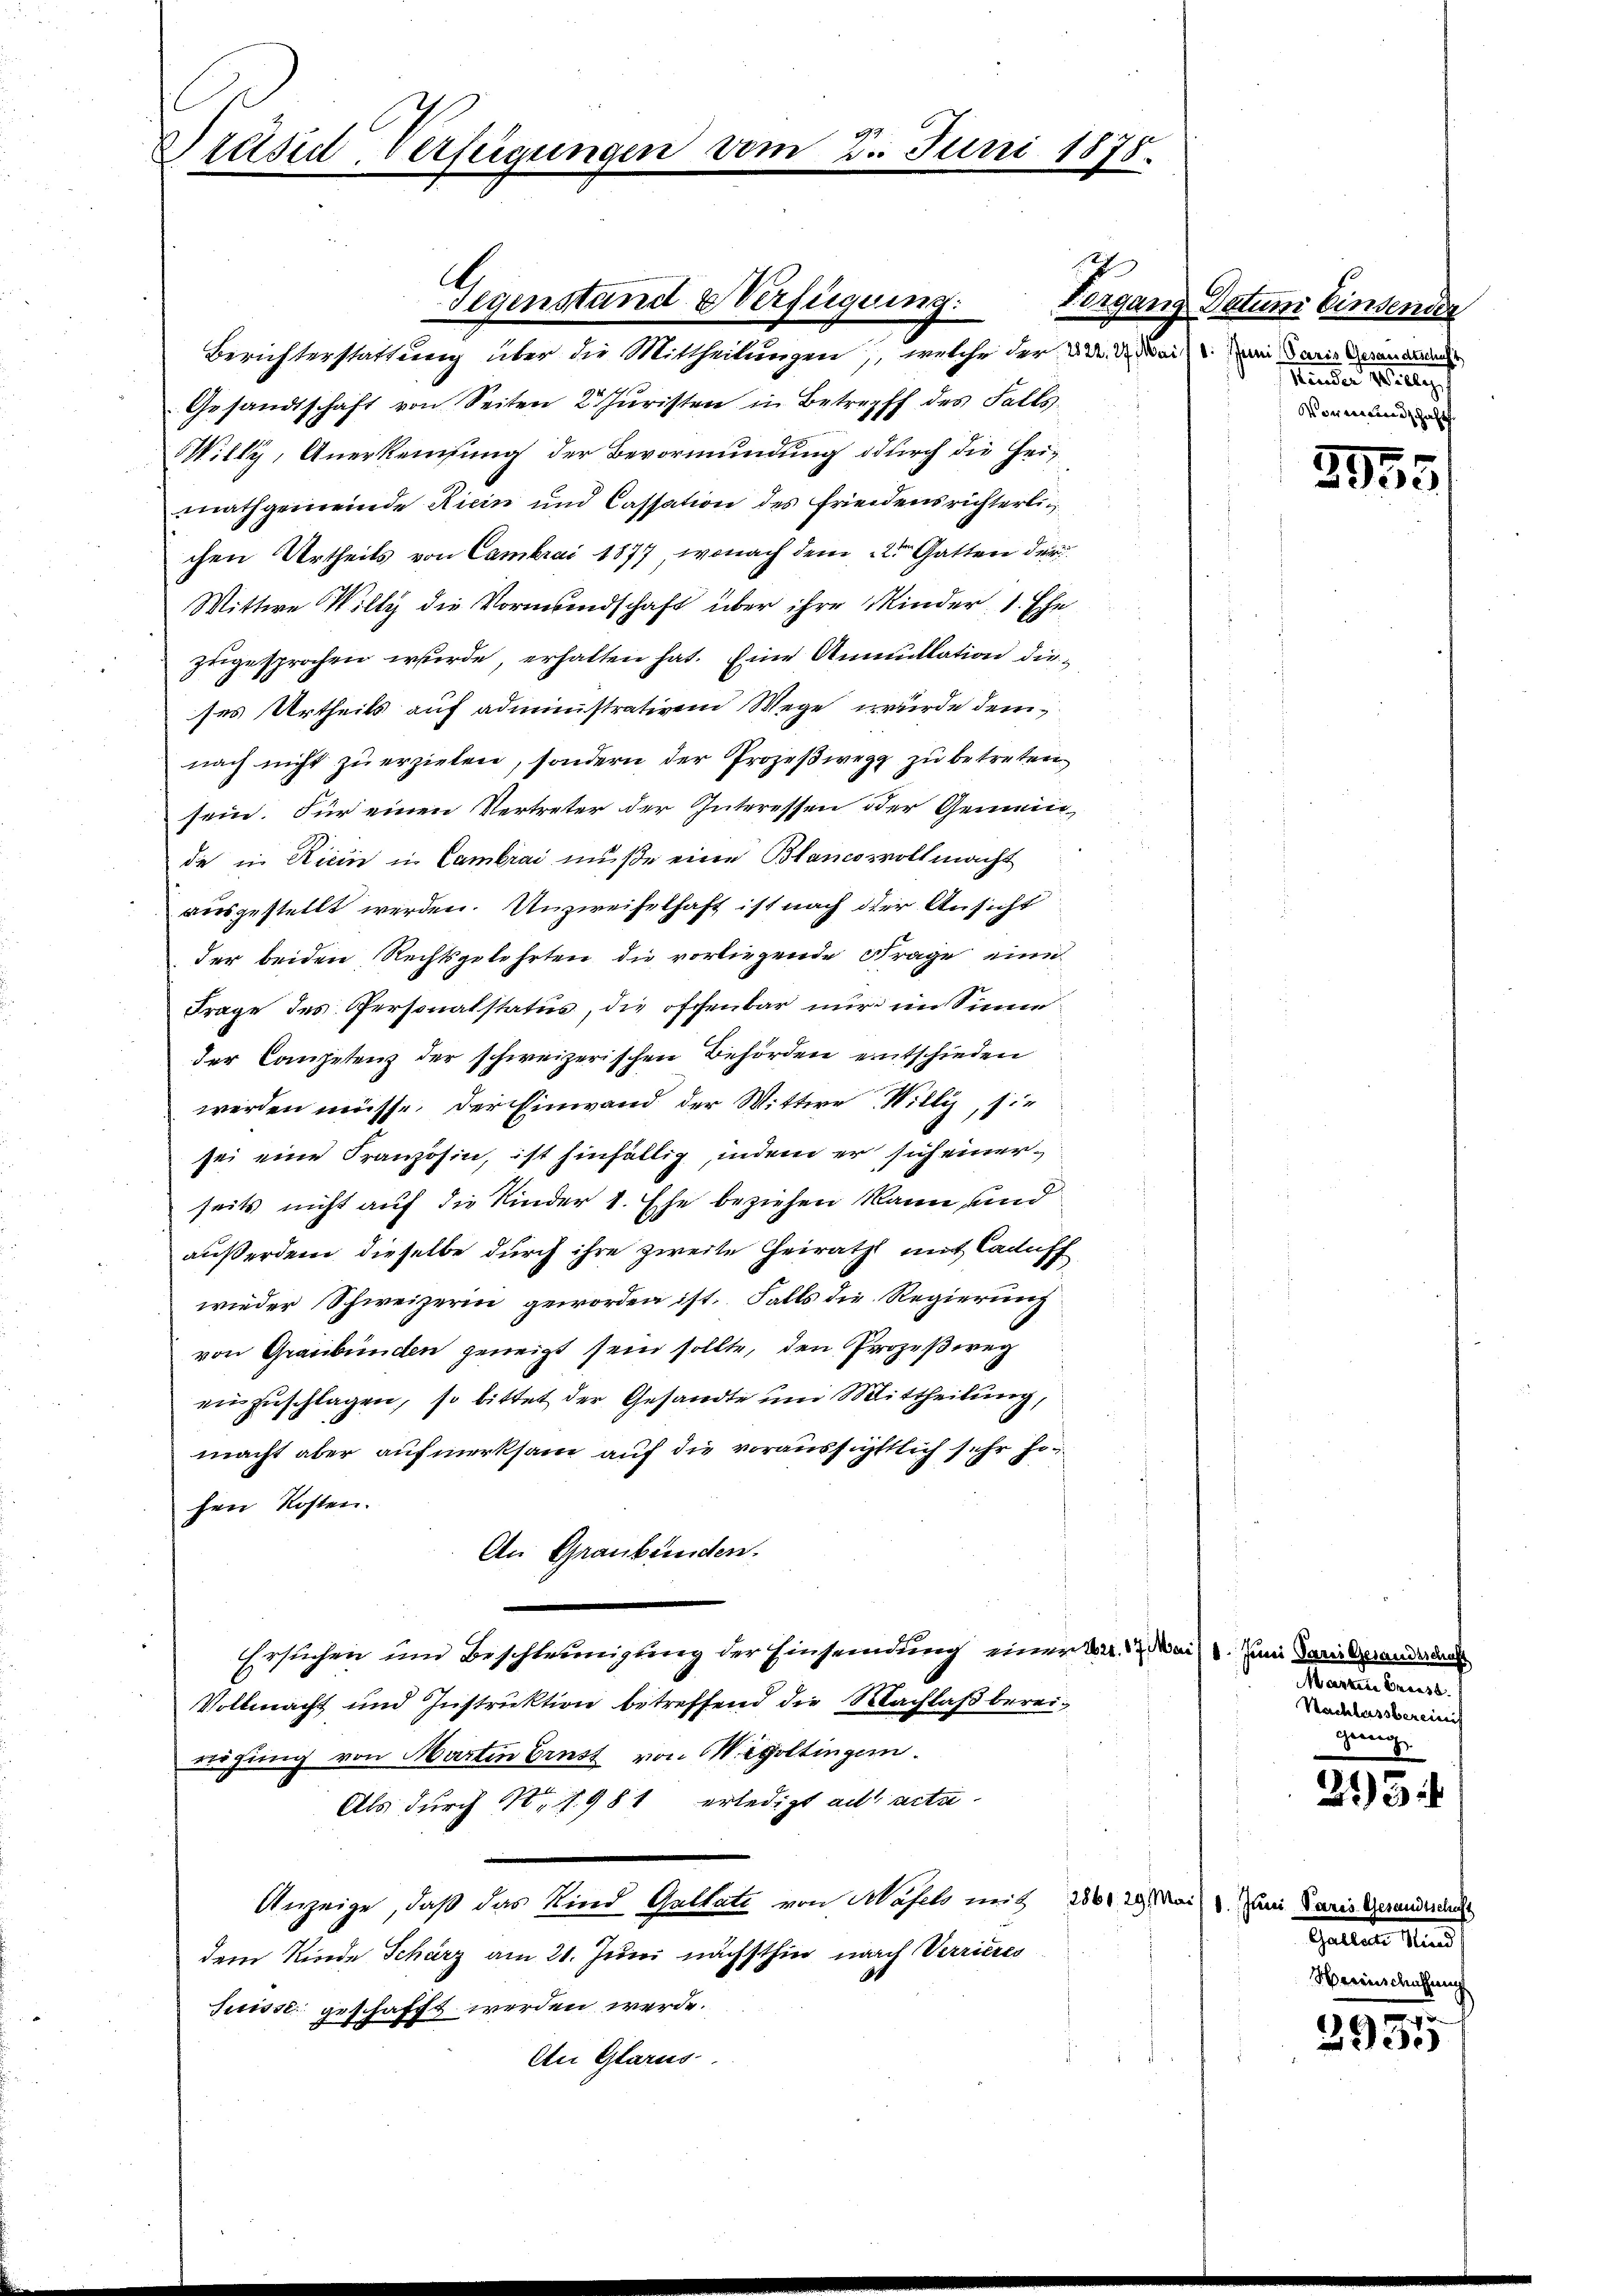
Präsid-Verfügungen vom

2. Juni 1878.

Berichterstattung über die Mittheilungen, welche der 2. d. d. Mai um darin Gerandern
Gesandtschaft von Seiten 2. Juristen in Betreff des Falls
Willy, Anerkennsung der Bevormundung durch die Heimathgemeinde Riein und Cassation des Friedensrichterli
chen Urtheils von Cambrai 1877, wonach dem 22ten Gatten der
Wittwe Willy die Vormundschaft über ihre Kinder, 1. Ehe
zugesprochen wurde, erhalten hat. Eine Anmullation dieses Urtheils auf administrativem Wege wurde demnach nicht zu erzielen, sondern der Prozeßweg zu betreten
sein. Für einen Vertreter der Interessen oder Gemeinde in Ricin in Cambrai müße eine Blancosvollmacht
ausgestellt werden. Unzweifelhaft ist nach der Ansicht
der beiden Rechtsgelehrten die vorliegende Frage eine
Frage des Personatstatus, die offenbar nur im Sinne
der Competenz der schweizerischen Behörden entschieden
werden müsse. Der Einwand der Wittwe Willi, sie
sei eine Französin, ist hinfällig, indem er sich einerseits nicht auf die Kinder 1. Ehe beziehen kann, und
außerdem dieselbe durch ihre zweite Heirath mit Caduff
wieder Schweizerin geworden ist. Falls die Regierung
von Graubünden geneigt sein sollte, den Prozeßweg
einzuschlagen, so bittet der Gesandte um Mittheilung,
macht aber aufmerksam auf die voraussichtlich sehr hinhen Kosten.
An Graubünden.
Ersuchen und Beschleunigung der Einsendung einen 22. 17. Mai. 1. Juni daringesander d
Vollmacht und Instruktion betreffend die Nachlaß bereirügung von Martin Brust von Goltingen.
Als durch 11 f. 981 erledigt ad acta
Anzeige, daß das Kind Gultate von Hasels mit 280. 29. Mai um daris Gesanderen
dem Kinde Scharz am 21. Juni nächsthin nach Verrieres
Suisse geschafft werden werde.
An Glarus.

1
Gegenstand Verfügung.

Forgang Datum Einsenden
Kinder Wille
Vormundschaft

395.

Mastern Gerass
Nachlassbereinis
geeng

8
23:

Gallen und

u
3955